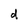
Character: d